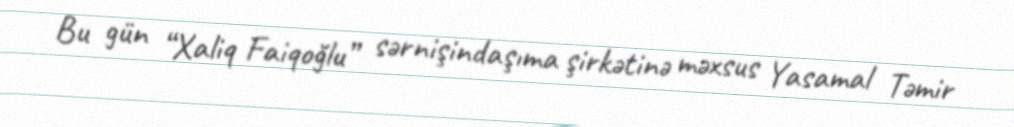
Bu gün “Xaliq Faiqoğlu” sərnişindaşıma şirkətinə məxsus Yasamal Təmir